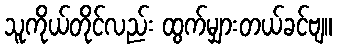
သူကိုယ်တိုင်လည်း ထွက်မျှားတယ်ခင်ဗျ။